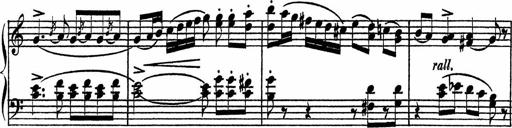
Title: Piano Sonatinas
Composer: Charles Fradel